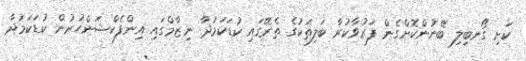
ކަށި ގޯނބިލި ބޭނުންކޮށްގެން ފަރުވާކުރާ ބަލިތަކުގެ ތެރޭގައި ކުޑަކަމުދާ ނިޒާމްގައި އިންފެކްޝަންހުރުން ކުޑަކަމުދާ